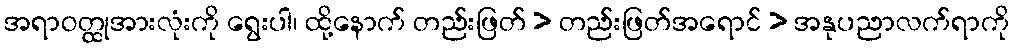
အရာဝတ္ထုအားလုံးကို ရွေးပါ၊ ထို့နောက် တည်းဖြတ် > တည်းဖြတ်အရောင် > အနုပညာလက်ရာကို